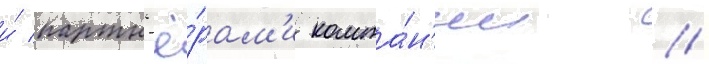
и́ партн'ё́рам'и компа́н'ии //